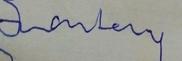
Signature authenticity: forged